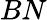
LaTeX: BN